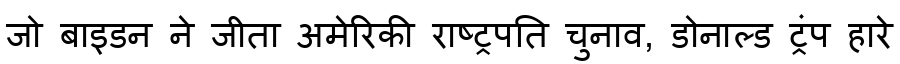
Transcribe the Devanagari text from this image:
जो बाइडन ने जीता अमेरिकी राष्ट्रपति चुनाव, डोनाल्ड ट्रंप हारे